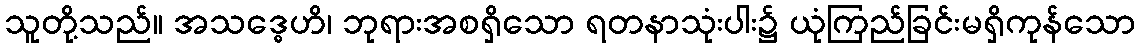
သူတို့သည်။ အသဒ္ဓေဟိ၊ ဘုရားအစရှိသော ရတနာသုံးပါး၌ ယုံကြည်ခြင်းမရှိကုန်သော